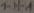
Text: 1-H-A